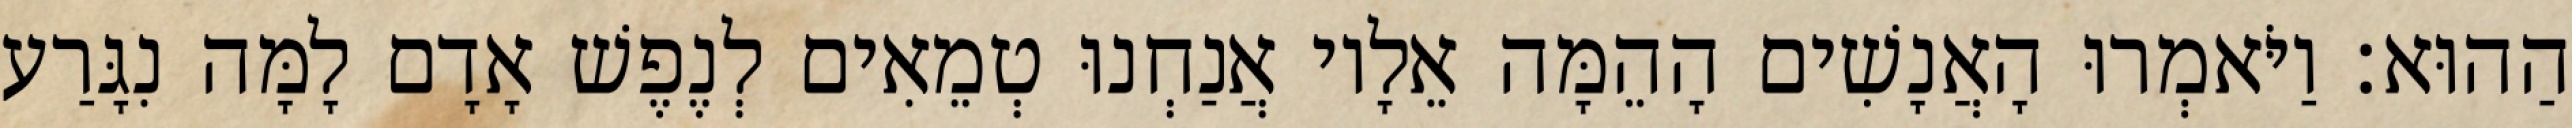
הַהוּא׃ וַיֹּאמְרוּ הָאֲנָשִׁים הָהֵמָּה אֵלָיו אֲנַחְנוּ טְמֵאִים לְנֶפֶשׁ אָדָם לָמָּה נִגָּרַע